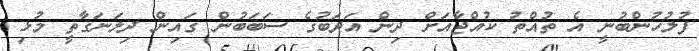
ފުލުހުންބުނީ އެ ތުއްތު ކުއްޖާއަށް ދިން އަދަބުގެ ސަބަބުން ގައިން ދިލަނަގާތީ މުޅި